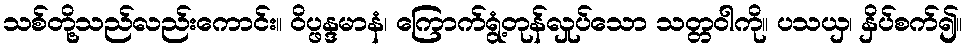
သစ်တို့သည်လည်းကောင်း။ ဝိပ္ဖန္ဒမာနံ၊ ကြောက်ရွံ့တုန်လှုပ်သော သတ္တဝါကို။ ပသယှ၊ နှိပ်စက်၍။